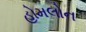
હોમલોન